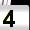
Digit: 4